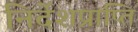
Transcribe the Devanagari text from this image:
निर्देशप्राप्ति